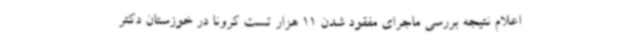
اعلام نتیجه بررسی ماجرای مفقود شدن 11 هزار تست کرونا در خوزستان دکتر